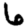
Digit: 6